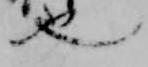
也